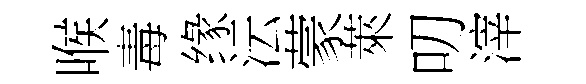
喉毒缘沄蒙萊叨滓